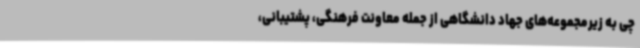
چی به زیرمجموعه‌های جهاد دانشگاهی از جمله معاونت فرهنگی، پشتیبانی،